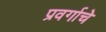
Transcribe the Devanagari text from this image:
प्रवर्गाचे